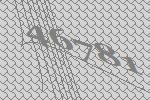
46781